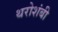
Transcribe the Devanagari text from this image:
थरोशंबी